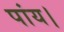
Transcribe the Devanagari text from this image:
पांय।